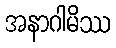
အနာဂါမိဿ